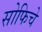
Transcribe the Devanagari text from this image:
सोफिचे